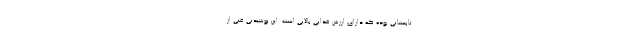
تابستانی بوده که دارای ارزش غذایی بالایی است. این نوشیدنی غنی از